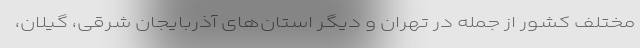
مختلف کشور از جمله در تهران و دیگر استان‌های آذربایجان شرقی، گیلان،